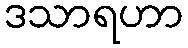
ဒသာရဟာ